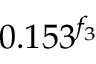
0 . 1 5 3 ^ { f _ { 3 } }